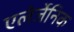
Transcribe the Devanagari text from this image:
एलेर्जेनिक